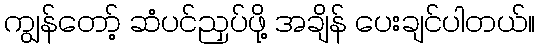
ကျွန်တော့် ဆံပင်ညှပ်ဖို့ အချိန် ပေးချင်ပါတယ်။